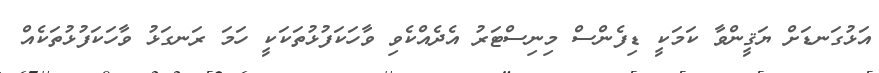
އަޅުގަނޑަށް ޔަޤީންވާ ކަމަކީ ޑިފެންސް މިނިސްޓަރު އެދެއްކެވި ވާހަކަފުޅުތަކަކީ ހަމަ ރަނގަޅު ވާހަކަފުޅުތަކެއް